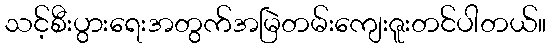
သင့်စီးပွားရေးအတွက်အမြဲတမ်းကျေးဇူးတင်ပါတယ်။